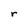
Character: r